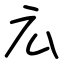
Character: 広